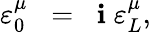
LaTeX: \varepsilon_{0}^{\mu}\; \; =\; \; \mathbf{i}\; \varepsilon_{L}^{\mu},